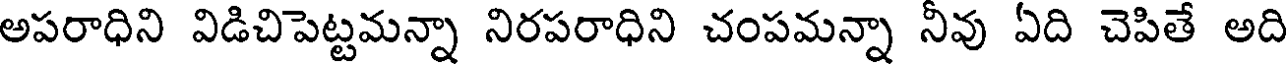
అపరాధిని విడిచిపెట్టమన్నా నిరపరాధిని చంపమన్నా నీవు ఏది చెపితే అది